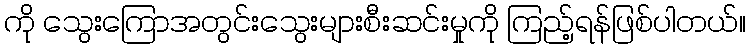
ကို သွေးကြောအတွင်းသွေးများစီးဆင်းမှုကို ကြည့်ရန်ဖြစ်ပါတယ်။